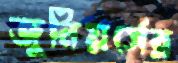
জুনিয়র্সের